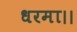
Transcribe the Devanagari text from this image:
धरमा।।